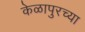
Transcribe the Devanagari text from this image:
केळापुरच्या